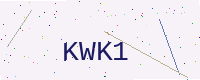
Text: KWK1